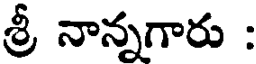
శ్రీ నాన్నగారు :